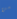
من